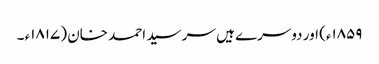
۱۸۵۹ء) اور دوسرے ہیں سر سید احمد خان (۱۸۱۷ء ۔